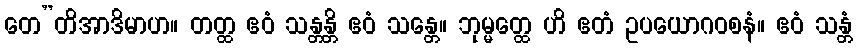
တေ”တိအာဒိမာဟ။ တတ္ထ ဧဝံ သန္တန္တိ ဧဝံ သန္တေ။ ဘုမ္မတ္ထေ ဟိ ဧတံ ဥပယောဂဝစနံ။ ဧဝံ သန္တံ